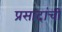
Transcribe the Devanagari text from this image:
प्रसादांची